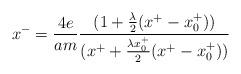
LaTeX: \begin{align*}x^{-}={4e \over am} {(1+{\lambda \over 2}(x^{+}-x^{+}_{0})) \over(x^{+}+{\lambda x^{+}_{0} \over 2}(x^{+}- x^{+}_{0}))}\end{align*}